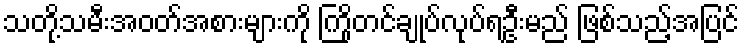
သတို့သမီးအဝတ်အစားများကို ကြိုတင်ချုပ်လုပ်ရဦးမည် ဖြစ်သည့်အပြင်